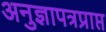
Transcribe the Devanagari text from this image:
अनुज्ञापत्रप्राप्त